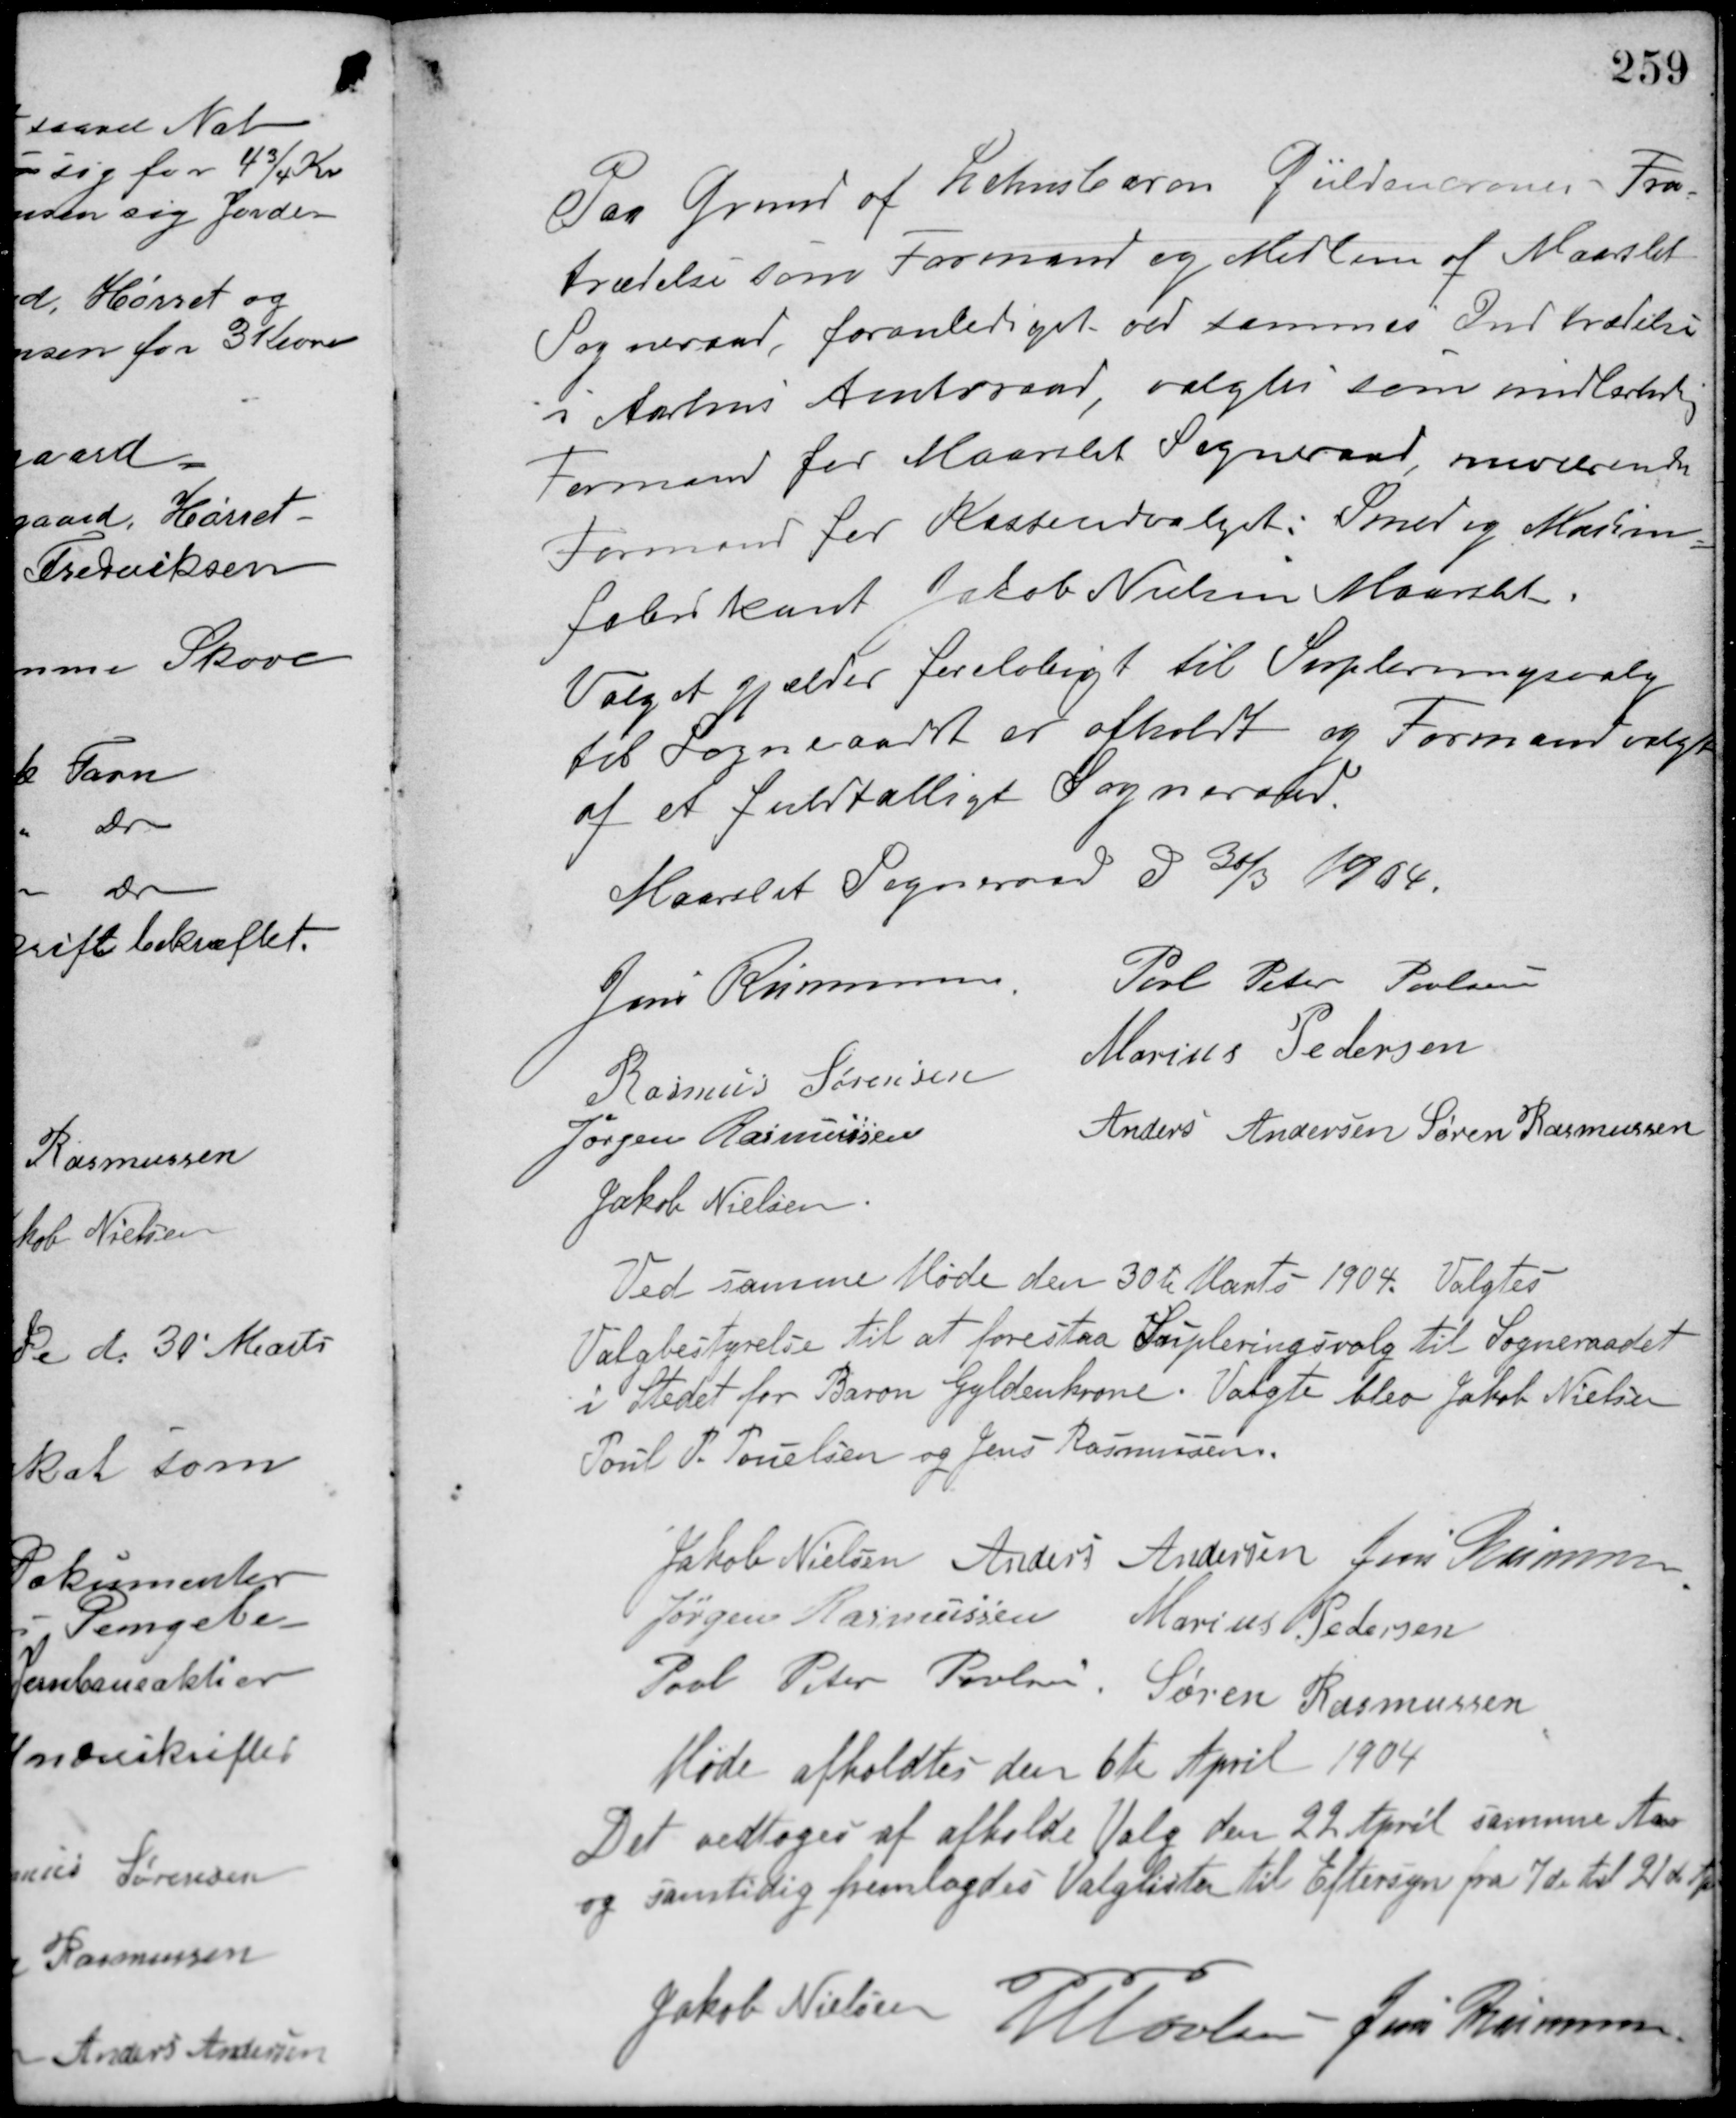
Transskription:
Paa Grund af Lehnsbaron Guldencrones Fra-
trædelse som Formand og Medlem af Maarslet
Sogneraad, foranlediget ved sammes Indtrædelse
i Aarhus Amtsraad valgtes som midlertidig
Formand for Maarslet Sogneraad nuværende
Formand for Kasseudvalget: Smed og Maskin-
fabrikant Jakob Nielsen Maarslet.
Valget gjælder foreløbigt til Supleringsvalg
til Sogneraadet er afholdt og Formand valgt
af et fuldtalligt Sogneraad
Maarslet Sogneraad d 30/3 1904.
Jens Rasmussen Poul Peter Poulsen
Rasmus Sørensen
Marius Pedersen
Jørgen Rasmussen
Anders Andersen Søren Rasmussen
Jakob Nielsen
Ved samme Møde den 30te Marts 1904. Valgtes
Valgbestyrelse til at forestaa Supleringsvalg til Sogneraadet
i Stedet for Baron Gyldenkrone. Valgte blev Jakob Nielsen
Poul P. Poulsen og Jens Rasmussen.
Jakob Nielsen Anders Andersen Jens Rasmussen
Jørgen Rasmussen Marius Pedersen
Poul Peter Poulsen Søren Rasmussen
Møde afholdtes den 6te April 1904
Det vedtoges at afholde Valg den 22 April samme Aar
og samtidig fremlagdes Valglister til Eftersyn fra 7de til 21 April
Jakob Nielsen
M. Povlsen Jens Rasmussen